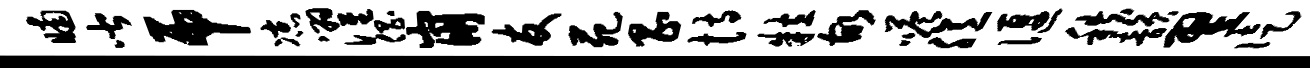
晡皆吊凉濯倡崩友苑昌恃粒故嗒臆偃秩韵翌徒